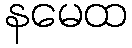
နမေထ